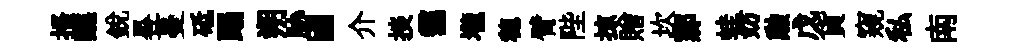
搔醮銳晷蔓砥蹋朔胁國介掞靄壠穂臂陛掠贈坎鄴蛙妨勲戊貨窺私南